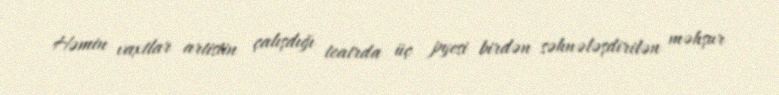
Həmin vaxtlar artistin çalışdığı teatrda üç pyesi birdən səhnələşdirilən məhşur